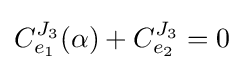
C_{e_{1}}^{J_{3}}(\alpha )+C_{e_{2}}^{J_{3}}=0